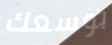
بوسعك